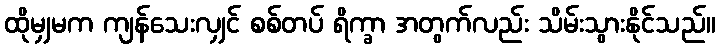
ထိုမျှမက ကျန်သေးလျှင် စစ်တပ် ရိက္ခာ အတွက်လည်း သိမ်းသွားနိုင်သည်။